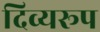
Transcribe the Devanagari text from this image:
दिव्यरूप